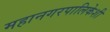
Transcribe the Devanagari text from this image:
महानगरपालिकेशी